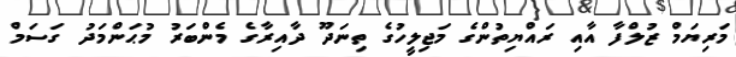
މަރިޔަމް ޒުލްފާ އާއި ރައްޔިތުންގެ މަޖިލީހުގެ ތިނަދޫ ދާއިރާގެ މެންބަރު މުޙަންމަދު ގަސަމް